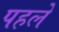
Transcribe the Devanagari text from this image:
पहले